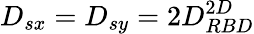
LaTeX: D_{sx}=D_{sy}=2D_{RBD}^{2D}